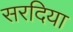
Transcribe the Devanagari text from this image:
सरदिया